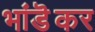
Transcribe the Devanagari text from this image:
भांडॆकर